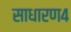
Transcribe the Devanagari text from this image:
साधारण४